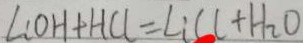
L C O H + H C l = L i C C + H _ { 2 } O